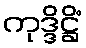
ကုဒ္ဒိဋ္ဌိံ